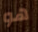
هو